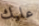
عليك